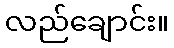
လည်ချောင်း။